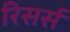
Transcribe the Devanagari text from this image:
रिसर्स